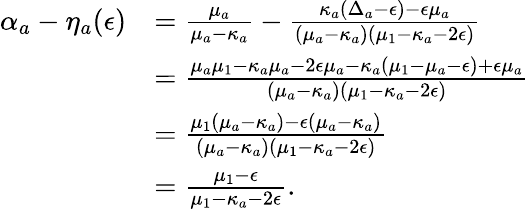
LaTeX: \begin{array}{rl}{\alpha_{a}-\eta_{a}(\epsilon)}&{=\frac{\mu_{a}}{\mu_{a}-\kappa_{a}}-\frac{\kappa_{a}(\Delta_{a}-\epsilon)-\epsilon\mu_{a}}{(\mu_{a}-\kappa_{a})(\mu_{1}-\kappa_{a}-2\epsilon)}}\\ &{=\frac{\mu_{a}\mu_{1}-\kappa_{a}\mu_{a}-2\epsilon\mu_{a}-\kappa_{a}(\mu_{1}-\mu_{a}-\epsilon)+\epsilon\mu_{a}}{(\mu_{a}-\kappa_{a})(\mu_{1}-\kappa_{a}-2\epsilon)}}\\ &{=\frac{\mu_{1}(\mu_{a}-\kappa_{a})-\epsilon(\mu_{a}-\kappa_{a})}{(\mu_{a}-\kappa_{a})(\mu_{1}-\kappa_{a}-2\epsilon)}}\\ &{=\frac{\mu_{1}-\epsilon}{\mu_{1}-\kappa_{a}-2\epsilon}.}\end{array}